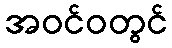
အဝင်ဝတွင်